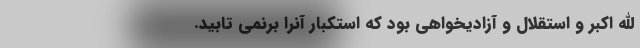
الله اکبر و استقلال و آزادیخواهی بود که استکبار آنرا برنمی تابید.